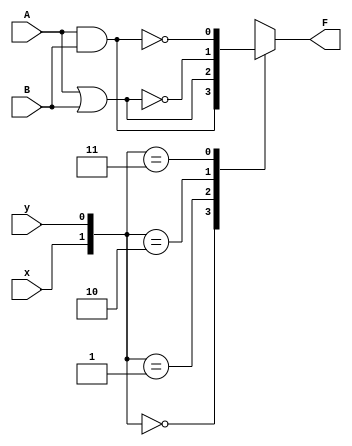
module multiFunction(A,B,x,y,F);
input A,B,x,y;
output reg F;
always @(*) begin
	case({x,y}) 
	2'b00:  F=A&B; 
	2'b01:  F=A|B;
	2'b10:  F=~(A|B);
	2'b11:  F=~(A&B);
	endcase
end
endmodule